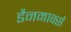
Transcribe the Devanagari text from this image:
डैनमार्क्स